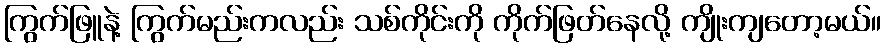
ကြွက်ဖြူနဲ့ ကြွက်မည်းကလည်း သစ်ကိုင်းကို ကိုက်ဖြတ်နေလို့ ကျိုးကျတော့မယ်။